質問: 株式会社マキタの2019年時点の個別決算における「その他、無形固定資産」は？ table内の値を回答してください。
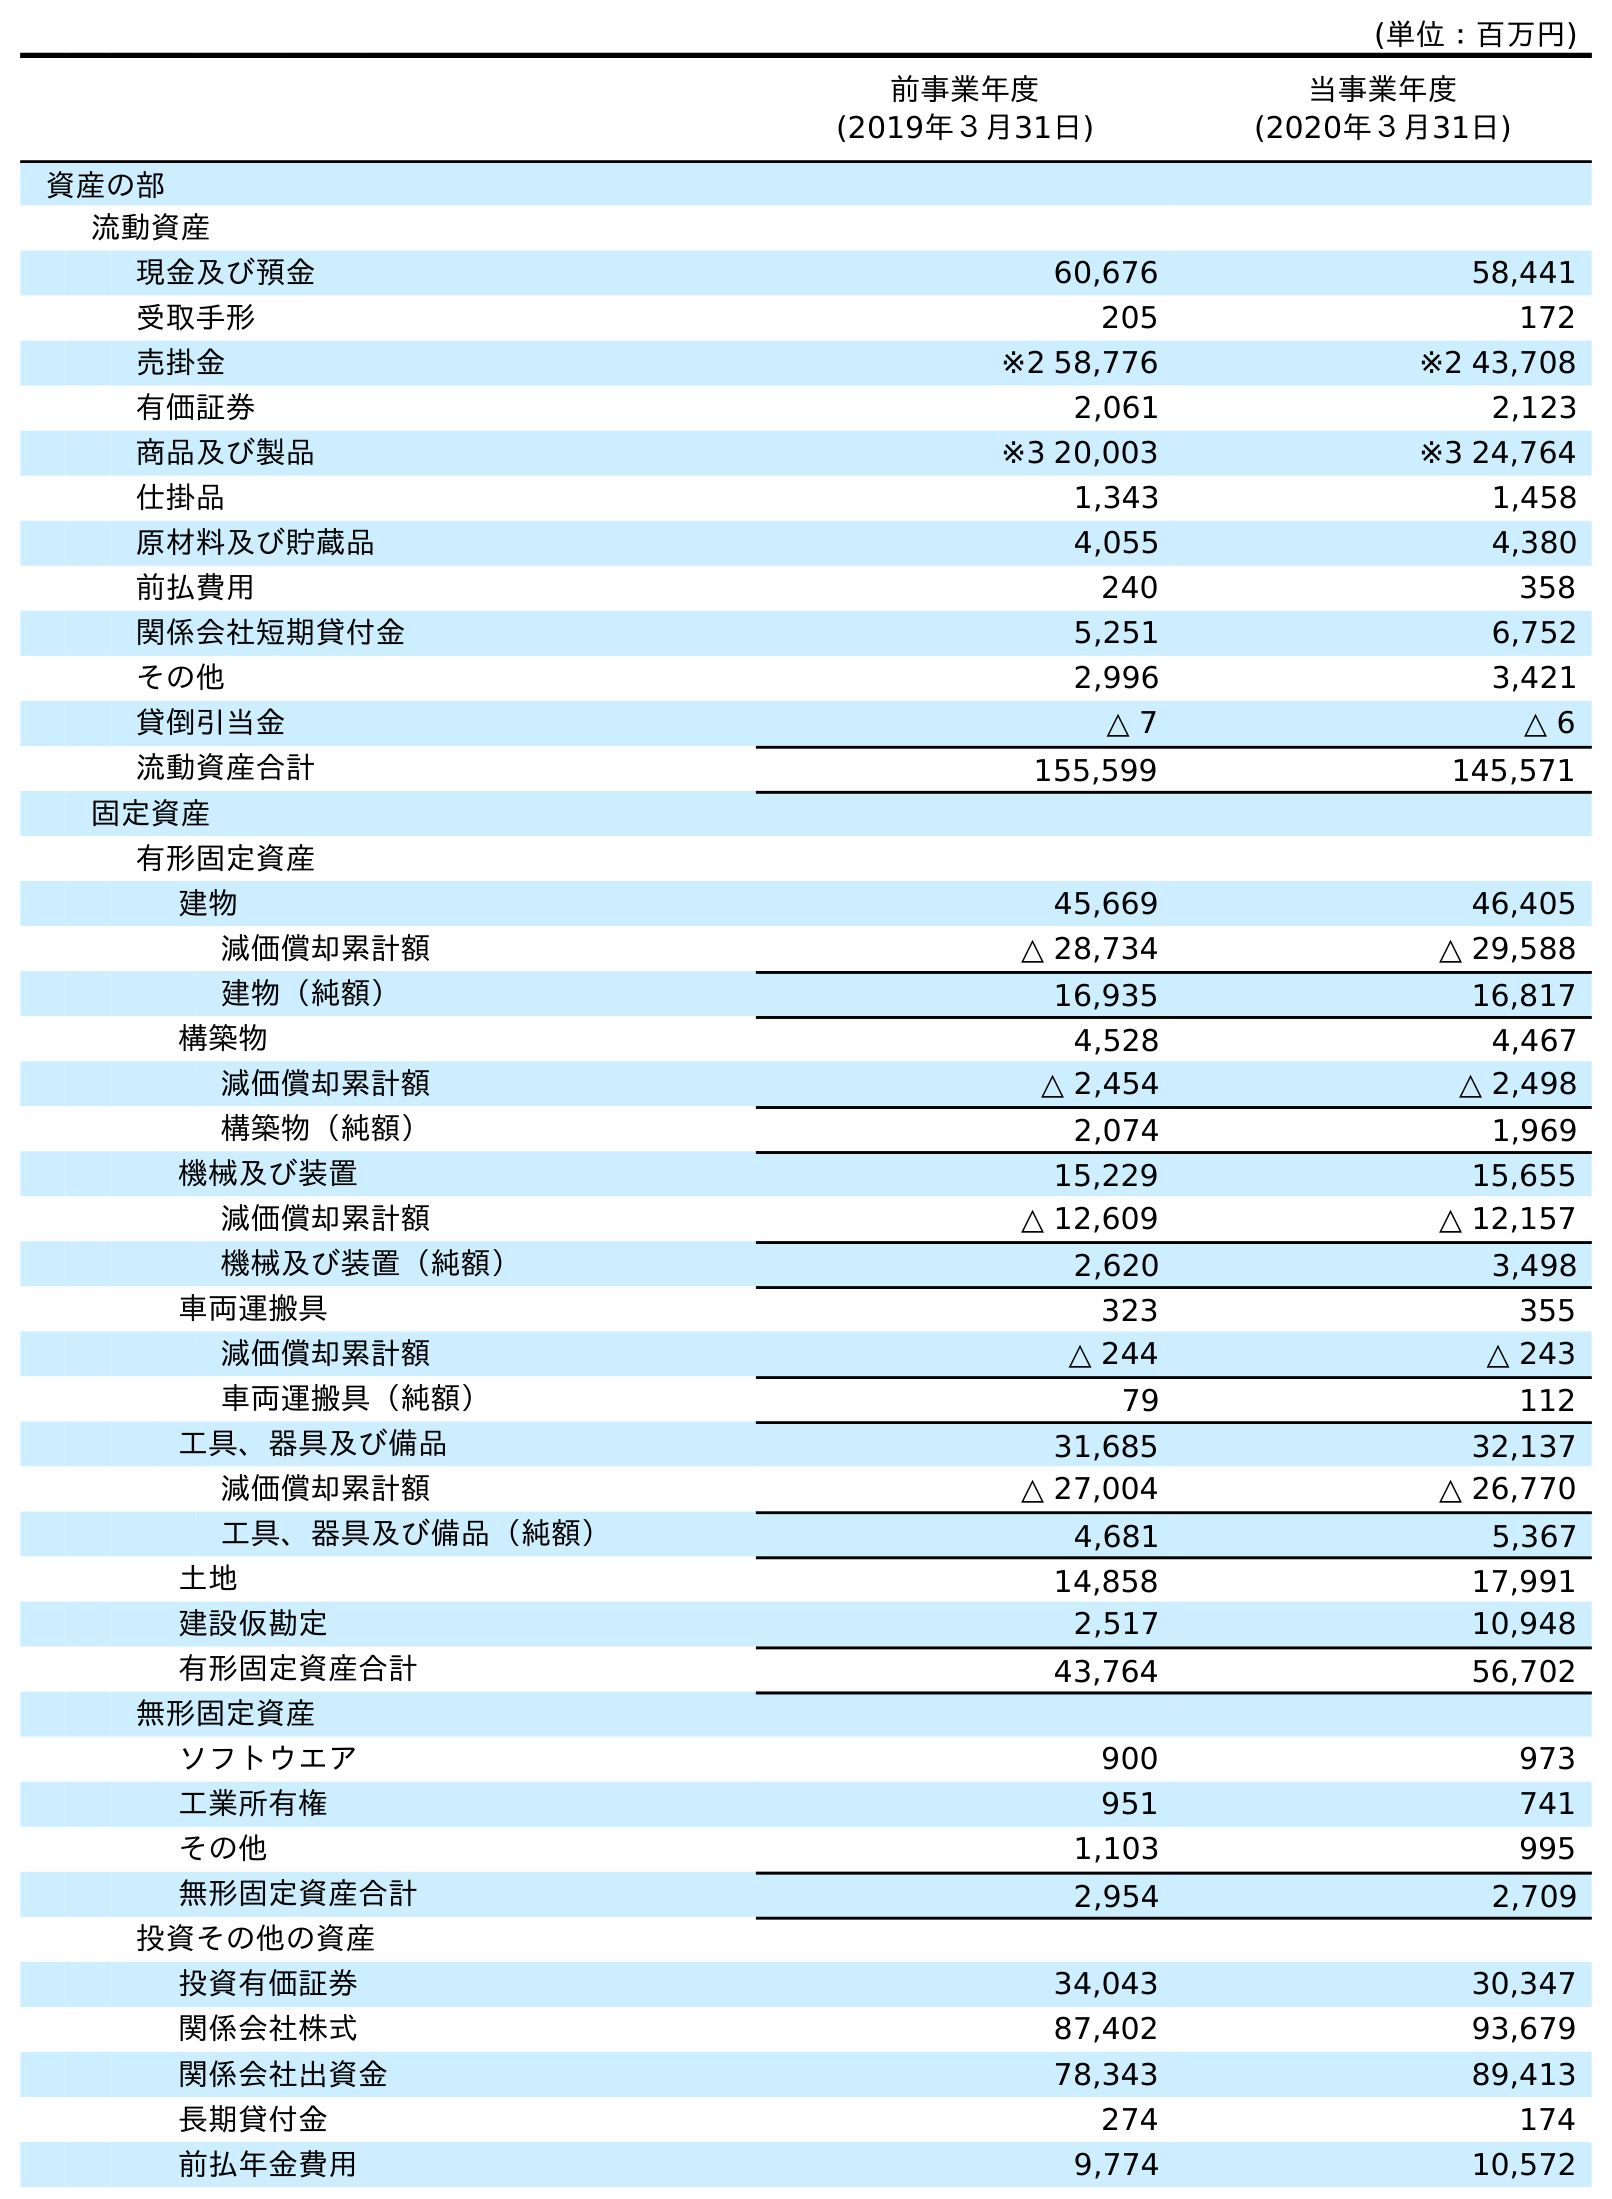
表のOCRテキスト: (単位：百万円) 前事業年度 (2019年３月31日) 当事業年度 (2020年３月31日) 資産の部 流動資産 現金及び預金 60,676 58,441 受取手形 205 172 売掛金 ※2 58,776 ※2 43,708 有価証券 2,061 2,123 商品及び製品 ※3 20,003 ※3 24,764 仕掛品 1,343 1,458 原材料及び貯蔵品 4,055 4,380 前払費用 240 358 関係会社短期貸付金 5,251 6,752 その他 2,996 3,421 貸倒引当金 △ 7 △ 6 流動資産合計 155,599 145,571 固定資産 有形固定資産 建物 45,669 46,405 減価償却累計額 △ 28,734 △ 29,588 建物（純額） 16,935 16,817 構築物 4,528 4,467 減価償却累計額 △ 2,454 △ 2,498 構築物（純額） 2,074 1,969 機械及び装置 15,229 15,655 減価償却累計額 △ 12,609 △ 12,157 機械及び装置（純額） 2,620 3,498 車両運搬具 323 355 減価償却累計額 △ 244 △ 243 車両運搬具（純額） 79 112 工具、器具及び備品 31,685 32,137 減価償却累計額 △ 27,004 △ 26,770 工具、器具及び備品（純額） 4,681 5,367 土地 14,858 17,991 建設仮勘定 2,517 10,948 有形固定資産合計 43,764 56,702 無形固定資産 ソフトウエア 900 973 工業所有権 951 741 その他 1,103 995 無形固定資産合計 2,954 2,709 投資その他の資産 投資有価証券 34,043 30,347 関係会社株式 87,402 93,679 関係会社出資金 78,343 89,413 長期貸付金 274 174 前払年金費用 9,774 10,572
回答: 1,103